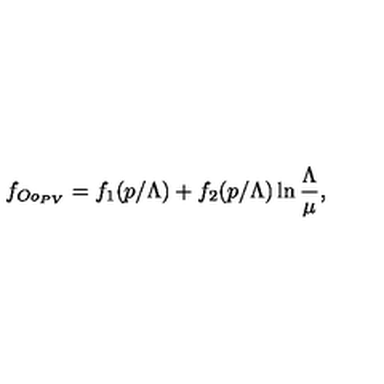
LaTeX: f _ { O o _ { P V } } = f _ { 1 } ( p / \Lambda ) + f _ { 2 } ( p / \Lambda ) \ln \frac { \Lambda } { \mu } ,